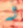
له